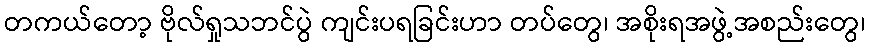
တကယ်တော့ ဗိုလ်ရှုသဘင်ပွဲ ကျင်းပရခြင်းဟာ တပ်တွေ၊ အစိုးရအဖွဲ့အစည်းတွေ၊